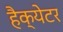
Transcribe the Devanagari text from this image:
हैक्येटर